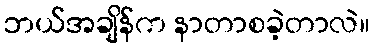
ဘယ်အချိန်က နာတာစခဲ့တာလဲ။